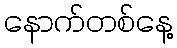
နောက်တစ်နေ့